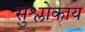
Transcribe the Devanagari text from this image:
सुश्लोकाय